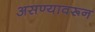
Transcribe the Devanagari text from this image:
असण्यावरून